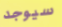
سيوجد